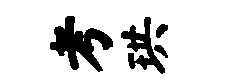
考珙